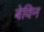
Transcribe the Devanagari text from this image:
बेविन